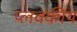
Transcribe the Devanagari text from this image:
प्लवकीय